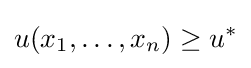
u(x_{1},\dots ,x_{n})\geq u^{*}